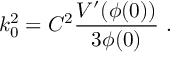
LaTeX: k _ { 0 } ^ { 2 } = C ^ { 2 } { \frac { V ^ { \prime } ( \phi ( 0 ) ) } { 3 \phi ( 0 ) } } \ .